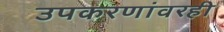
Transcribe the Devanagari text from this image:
उपकरणांवरही